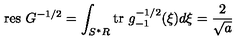
\mathrm { r e s } \ G ^ { - 1 / 2 } = \int _ { S ^ { * } R } \mathrm { t r } \ g _ { - 1 } ^ { - 1 / 2 } ( \xi ) d \xi = \frac { 2 } { \sqrt { a } }